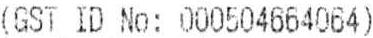
(GST ID NO: 000504664064)